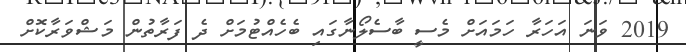
2019 ވަނަ އަހަރާ ހަމައަށް މެސީ ބާސެލޯނާގައި ބެހެއްޓުމަށް ދެ ފަރާތުން މަޝްވަރާކޮށް